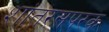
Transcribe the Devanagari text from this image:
शांतरसपरक